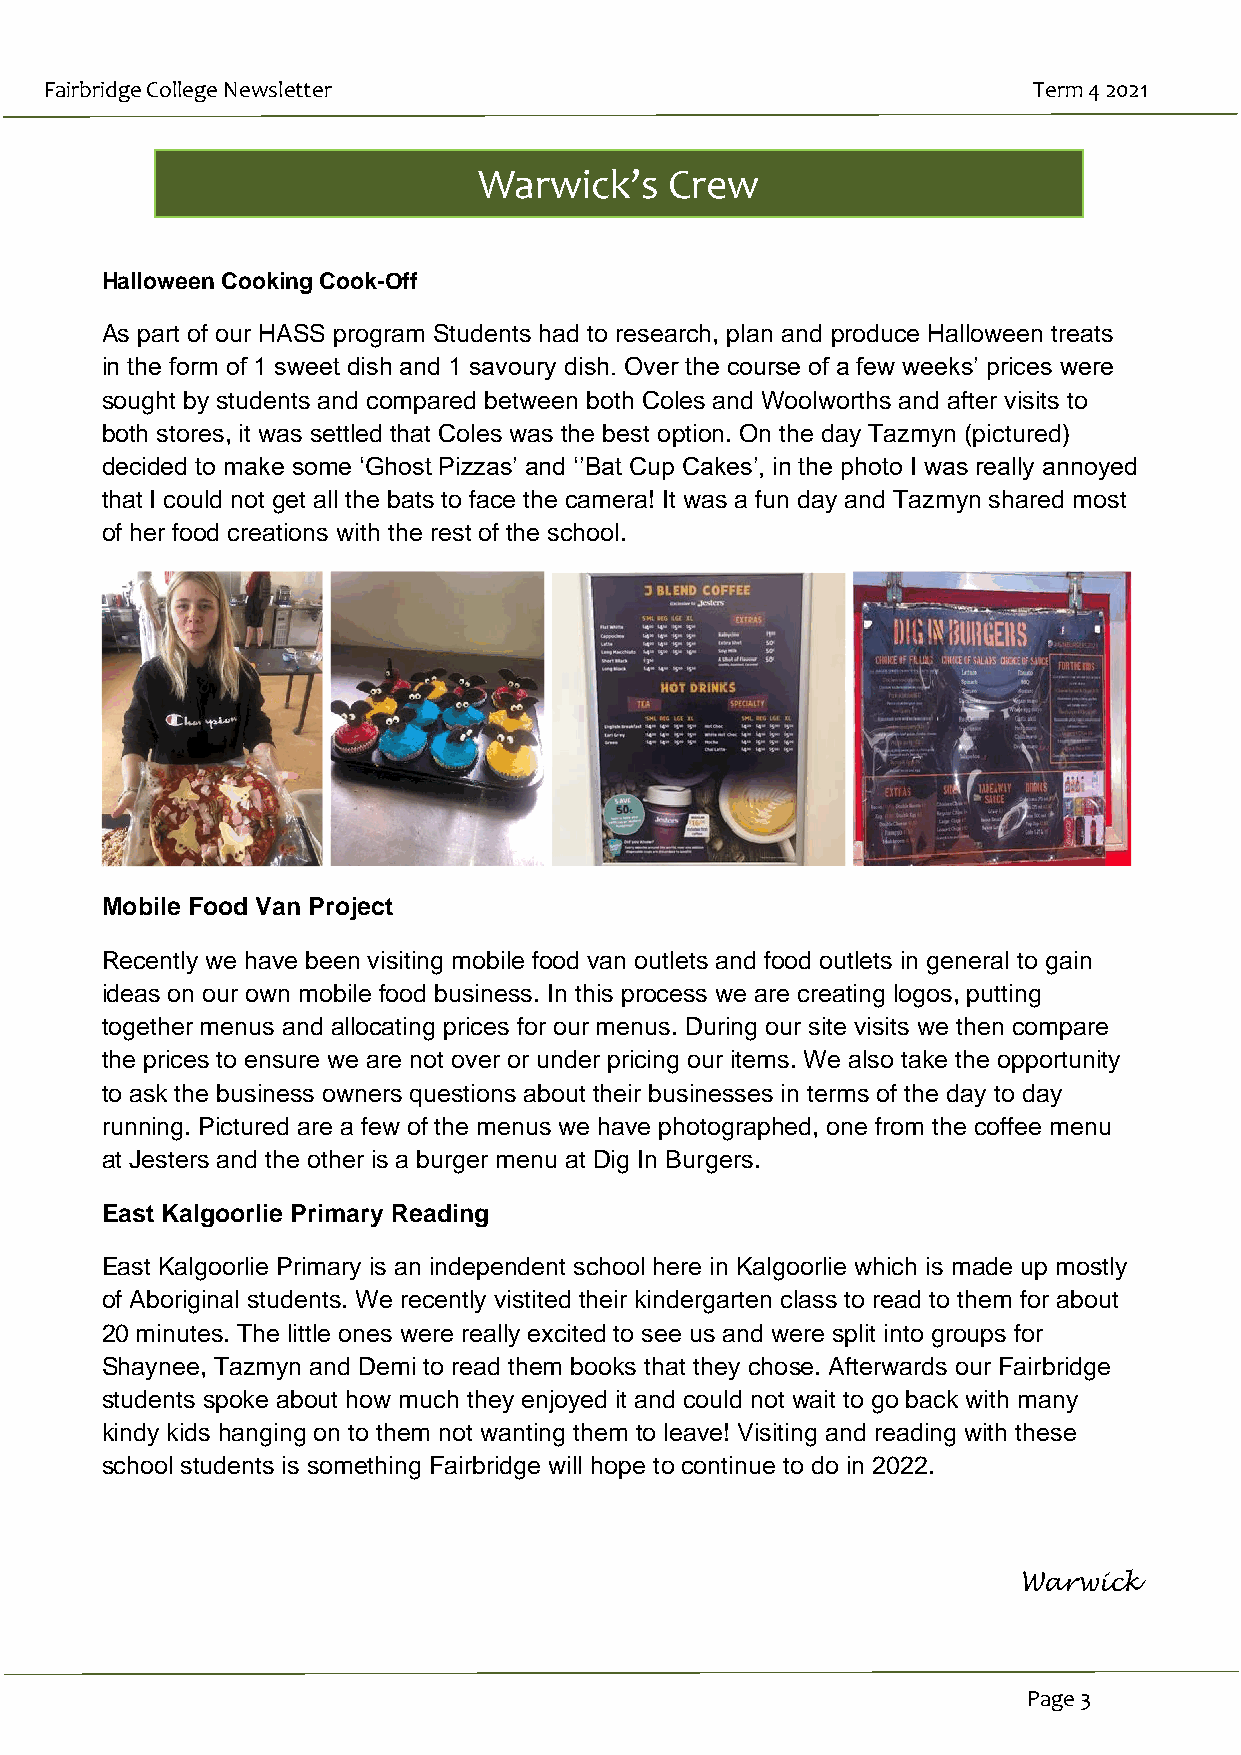
Fairbridge College Newsletter                                    Term 4 2021
 Warwick’s   Crew
 Halloween Cooking Cook-Off
 As part of our HASS program Students had to research, plan and produce Halloween treats
 in the form of 1 sweet dish and 1 savoury dish. Over the course of a few weeks’ prices were
 sought by students and compared between both Coles and Woolworths and after visits to
 both stores, it was settled that Coles was the best option. On the day Tazmyn (pictured)
 decided to make some ‘Ghost Pizzas’ and ‘’Bat Cup Cakes’, in the photo I was really annoyed
 that I could not get all the bats to face the camera! It was a fun day and Tazmyn shared most
 of her food creations with the rest of the school.
 Mobile Food Van Project
 Recently we have been visiting mobile food van outlets and food outlets in general to gain
 ideas on our own mobile food business. In this process we are creating logos, putting
 together menus and allocating prices for our menus. During our site visits we then compare
 the prices to ensure we are not over or under pricing our items. We also take the opportunity
 to ask the business owners questions about their businesses in terms of the day to day
 running. Pictured are a few of the menus we have photographed, one from the coffee menu
 at Jesters and the other is a burger menu at Dig In Burgers.
 East Kalgoorlie Primary Reading
 East Kalgoorlie Primary is an independent school here in Kalgoorlie which is made up mostly
 of Aboriginal students. We recently vistited their kindergarten class to read to them for about
 20 minutes. The little ones were really excited to see us and were split into groups for
 Shaynee, Tazmyn and Demi to read them books that they chose. Afterwards our Fairbridge
 students spoke about how much they enjoyed it and could not wait to go back with many
 kindy kids hanging on to them not wanting them to leave! Visiting and reading with these
 school students is something Fairbridge will hope to continue to do in 2022.
 Warwick
 Page 3